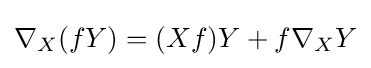
\nabla _{X}(fY)=(Xf)Y+f\nabla _{X}Y